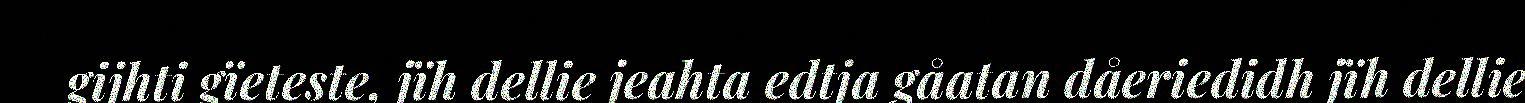
gijhti gïeteste, jïh dellie jeahta edtja gåatan dåeriedidh jïh dellie